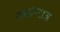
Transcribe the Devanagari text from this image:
क्वांन्टाज़